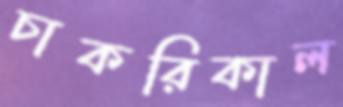
চাকরিকাল